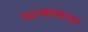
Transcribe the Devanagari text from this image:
धरमशालात